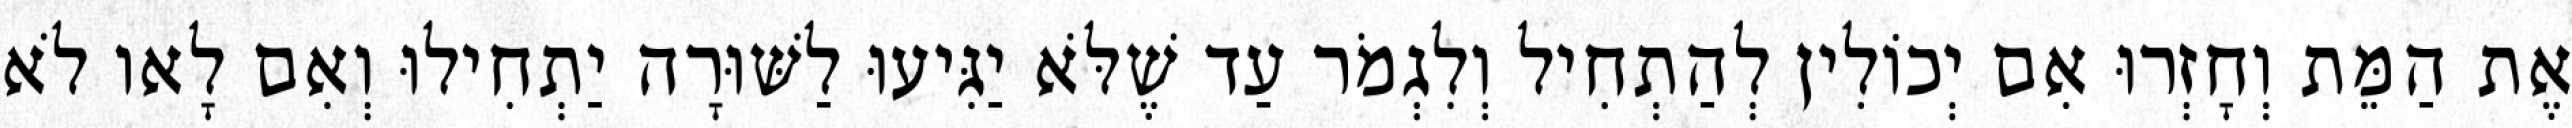
אֶת הַמֵּת וְחָזְרוּ אִם יְכוֹלִין לְהַתְחִיל וְלִגְמֹר עַד שֶׁלֹּא יַגִּיעוּ לַשּׁוּרָה יַתְחִילוּ וְאִם לָאו לֹא